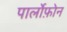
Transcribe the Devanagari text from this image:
पार्लोफ़ोन